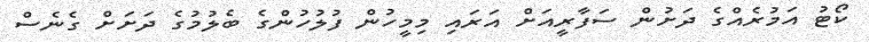
ކޯޓު އަމުރެއްގެ ދަށުން ސަފާރީއަށް އަރައި މިމީހުން ފުލުހުންގެ ބެލުމުގެ ދަށަށް ގެނެސް